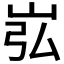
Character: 𪨮